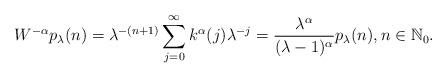
LaTeX: \begin{align*}W^{-\alpha}p_{\lambda}(n) = \lambda^{-(n+1)}\sum_{j=0}^{\infty}k^{\alpha}(j)\lambda^{-j}=\frac{\lambda^{\alpha}}{(\lambda-1)^{\alpha}}p_{\lambda}(n), n\in \mathbb{N}_0.\end{align*}